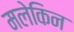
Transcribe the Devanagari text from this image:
मलेकिन